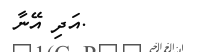
.އަދި އޭނާ